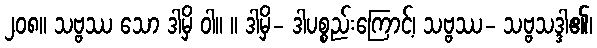
၂၀၈။ သဗ္ဗဿ သော ဒါမှိ ဝါ။ ။ ဒါမှိ- ဒါပစ္စည်းကြောင့်၊ သဗ္ဗဿ- သဗ္ဗသဒ္ဒါ၏၊